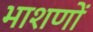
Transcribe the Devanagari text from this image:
भाशणों